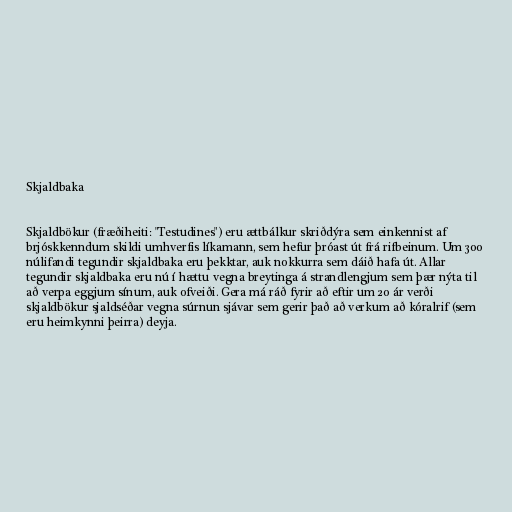
Skjaldbaka

Skjaldbökur (fræðiheiti: "Testudines") eru ættbálkur skriðdýra sem einkennist af
brjóskkenndum skildi umhverfis líkamann, sem hefur þróast út frá rifbeinum. Um 300
núlifandi tegundir skjaldbaka eru þekktar, auk nokkurra sem dáið hafa út. Allar
tegundir skjaldbaka eru nú í hættu vegna breytinga á strandlengjum sem þær nýta til
að verpa eggjum sínum, auk ofveiði. Gera má ráð fyrir að eftir um 20 ár verði
skjaldbökur sjaldséðar vegna súrnun sjávar sem gerir það að verkum að kóralrif (sem
eru heimkynni þeirra) deyja.